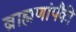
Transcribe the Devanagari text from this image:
ब्राह्मणांपैंकी